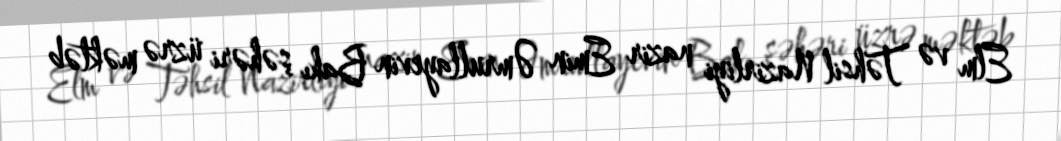
Elm və Təhsil Nazirliyi nazir Emin Əmrullayevin Bakı şəhəri üzrə məktəb